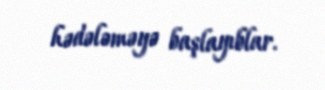
hədələməyə başlayıblar.